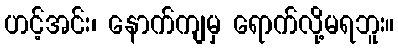
ဟင့်အင်း၊ နောက်ကျမှ ရောက်လို့မရဘူး။